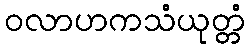
ဝလာဟကသံယုတ္တံ